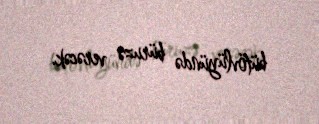
bütövlüyündə büruzə verəcək.